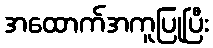
အထောက်အကူပြုပြီး